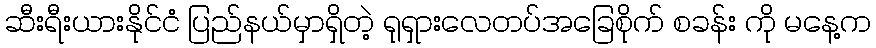
ဆီးရီးယားနိုင်ငံ ပြည်နယ်မှာရှိတဲ့ ရုရှားလေတပ်အခြေစိုက် စခန်း ကို မနေ့က